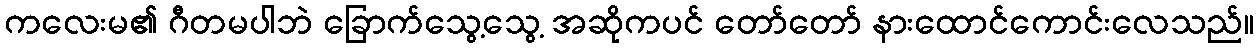
ကလေးမ၏ ဂီတမပါဘဲ ခြောက်သွေ့သွေ့ အဆိုကပင် တော်တော် နားထောင်ကောင်းလေသည်။